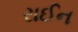
રાઈન